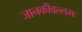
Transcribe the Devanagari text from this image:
जानकीवल्लभः